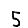
Digit: 5